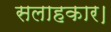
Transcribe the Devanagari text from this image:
सलाहकार।